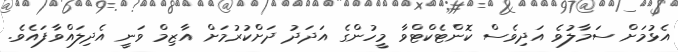
އެޅުމަށް ސަމާލުވެ އަދިވެސް ކޮންޓެކްޓްވާ މީހުންގެ އަދަދު ދަށްކުރުމަށް އާޒިމް ވަނީ އެދިލައްވާފައެވެ.